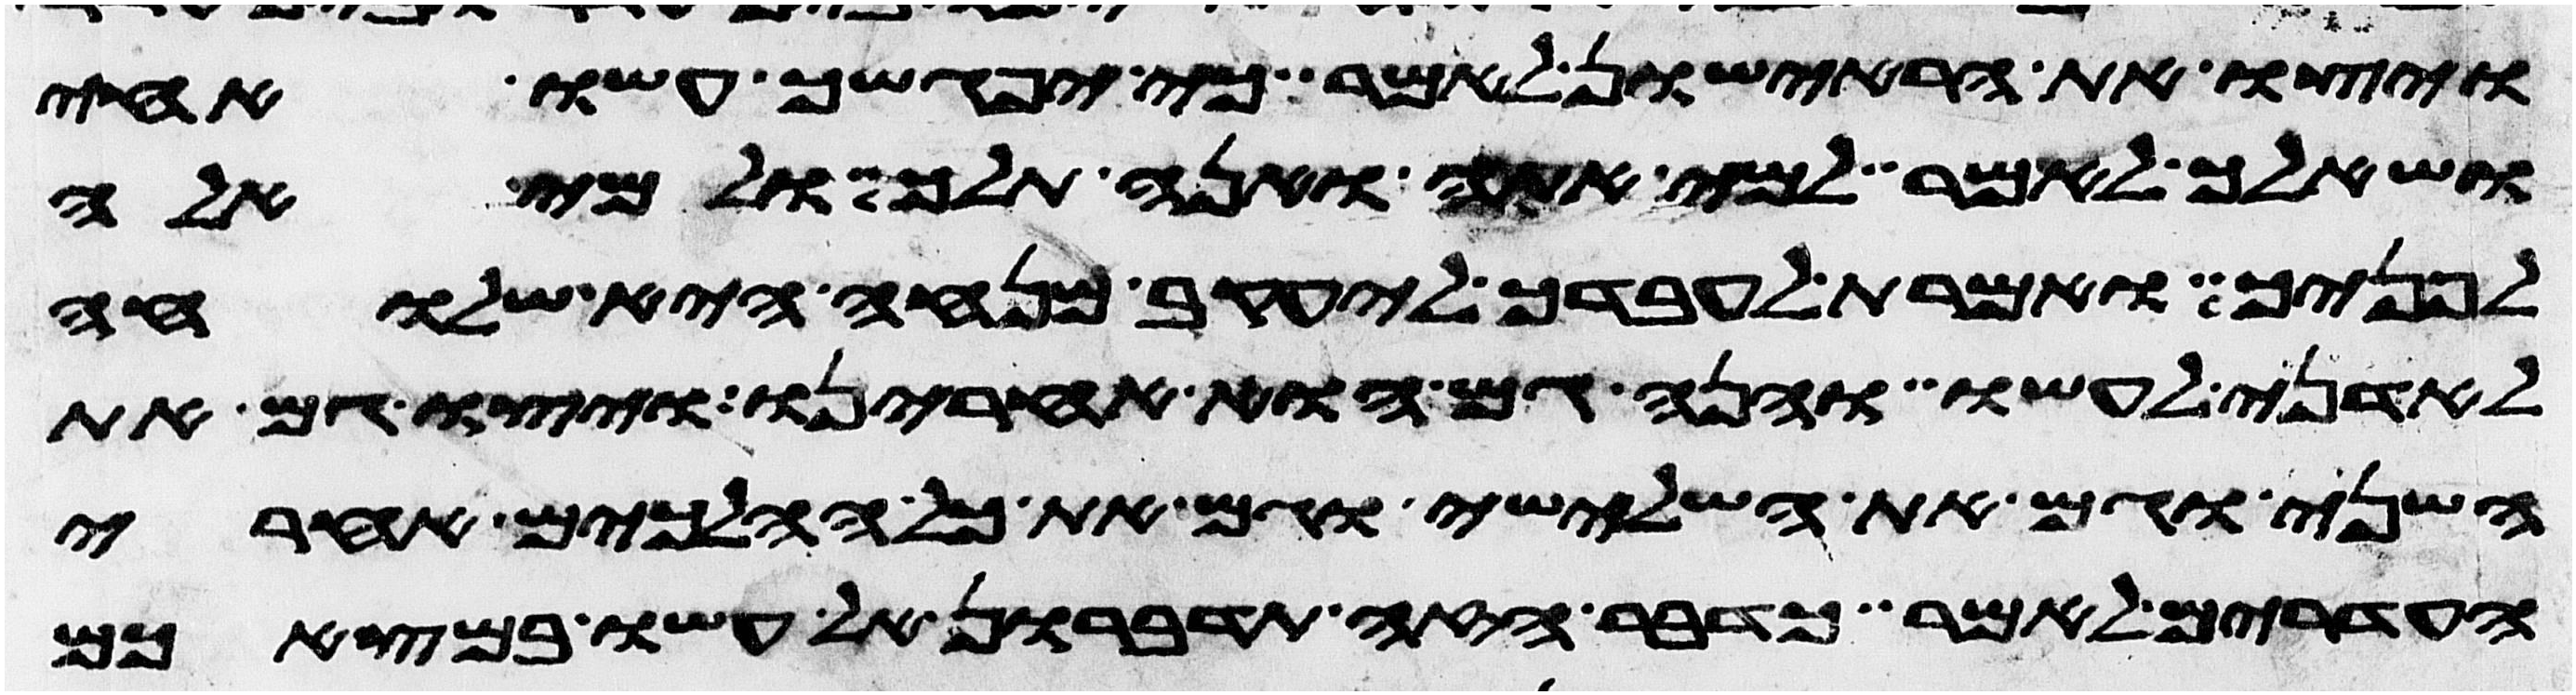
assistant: ויצו את הראישון לאמר כי יפגשך עשו אחי
ושאלך לאמר למי אתה ואנה תלך ולמי אלה
לפניך ואמרת לעבדך ליעקב מנחה היא שלוחה
לאדני לעשו והנה גם הוא אחרינו ויצו גם את
השני וגם את השלישי וגם את כל ההלכים אחרי
העדרים לאמר כדבר הזה תדברון אל עשו במצאכם